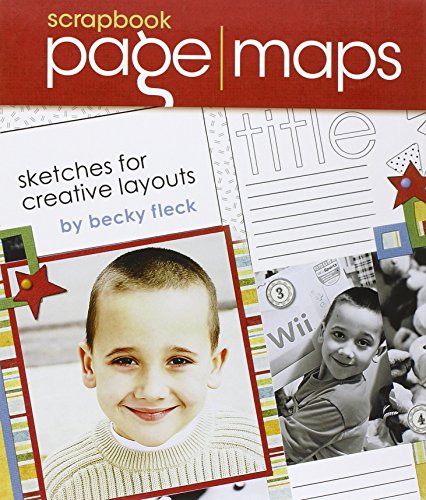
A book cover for Scrapbook Page Maps: Sketches For Creative Layouts; Becky Fleck; Crafts, Hobbies & Home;